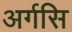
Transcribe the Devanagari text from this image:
अर्गसि